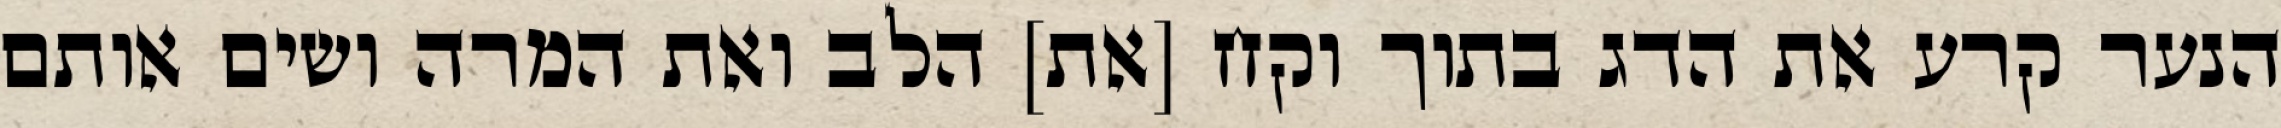
הנער קרע את הדג בתוך וקח [את] הלב ואת המרה ושים אותם